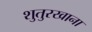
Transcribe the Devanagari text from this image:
शुतुरखाना